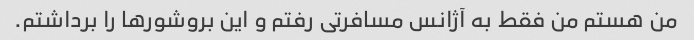
من هستم من فقط به آژانس مسافرتی رفتم و این بروشورها را برداشتم.